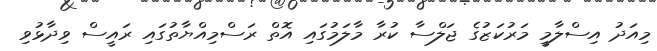
މިއަދު އިސްލާމީ މަރުކަޒުގެ ޖަލްސާ ކުރާ މާލަމުގައި އޮތް ރަސްމިއްޔާތުގައި ރައީސް ވިދާޅުވި